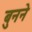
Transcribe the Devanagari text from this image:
बुुनने